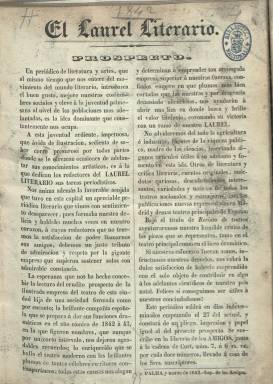
Título: El Laurel literario
Colección: Literatura
Ámbito geográfico: Baleares
Lugar de publicación: Palma
Fechas: 27/03/1842-27/11/1842

Con el subtítulo “periódico de literatura y artes”, que después modifica a “periódico de teatros y literatura”, editará hasta 36 entregas semanales (saliendo cada domingo) entre el 27 de marzo y el 27 de noviembre de 1842, como una publicación enmarcada dentro de las revistas culturales en la que se dan cita literatos españoles y locales, en este caso de las islas Baleares. Se le atribuye su fundación y redacción a los entonces jóvenes poetas mallorquines José Martí (1818-) y José Barbier y Roselló.

Los primeros tres números son estampados en la Imprenta de los Amigos, y a partir del siguiente en la de Umbert, que actúa también como editor. Sus entregas son de ocho páginas, compuestas a dos columnas, con el grabado de alguna viñeta como ilustración.

Inserta artículos de crítica literaria, como el de su primer número sobre Shakespeare, Calderón y Dumas, firmado con la inicial G; otros sobre música (que tratan sobre el Réquiem, de Mozart, o sobre Haydn), así como de nobles artes (dibujo) o de carácter costumbrista o biográfico.

También publica textos de creación, tanto en prosa como en verso (algunos son traducciones), entre los que destacan los de literatura dramática o los sonetos; una sección de Revista de teatros, sobre esta actividad en la isla y otras ciudades; variedades, anécdotas y algún anuncio bibliográfico, y, en concreto, de las obras en venta en la Librería de los Amigos.

Entre sus firmas aparecen las de A. Ferrer del Río, F.G. de Morón, Manuel Tenorio o el mallorquín Joaquín María Bover, y otros textos aparecen bajo iniciales de los citados Martí (J.M.) o Barbier (J.B. y R.).

Su colección la forma un tomo de 288 páginas, que incluye el prospecto, en el que muestra la intención de “introducir el buen gusto”, la “mejora de las costumbres sociales” y también artículos útiles de agricultura o industria.